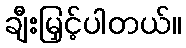
ချီးမြှင့်ပါတယ်။